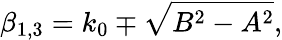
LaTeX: \beta_{1,3}=k_{0}\mp\sqrt{B^{2}-A^{2}},